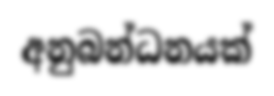
අනුබන්ධනයක්